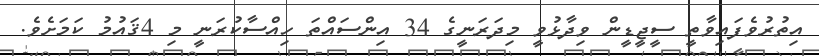
އިތުރުވެފައިވާތީ ސީޖީޑީން ވިދާޅުވީ މިދަރަނީގެ 34 އިންސައްތަ ހިއްސާކުރަނީ މި 4ޤައުމު ކަމަށެވެ.